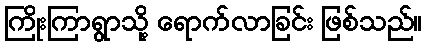
ကြိုးကြာရွာသို့ ရောက်လာခြင်း ဖြစ်သည်။